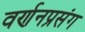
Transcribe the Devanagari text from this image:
वर्णनप्रसंग